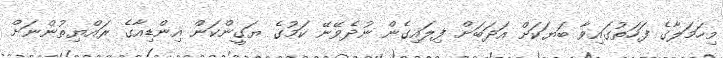
މިހަމަލާގެ ފަހަތުގައިވާ ބަޔަކަށް އަދަބަށް ފިލައިގެން ނުދެވޭނޭ ކަމުގެ ޔަގީންކަން އިންޑިއާގެ ރައްޔިތުންނަށް